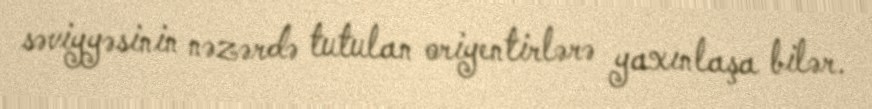
səviyyəsinin nəzərdə tutulan oriyentirlərə yaxınlaşa bilər.